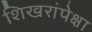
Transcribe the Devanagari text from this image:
शिखरांपेक्षा